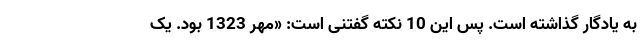
به یادگار گذاشته است. پس این 10 نکته گفتنی است: «مهر 1323 بود. یک